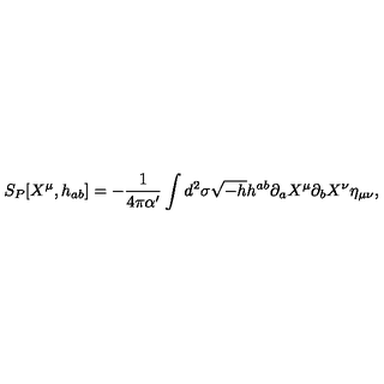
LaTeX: S _ { P } [ X ^ { \mu } , h _ { a b } ] = - { \frac { 1 } { 4 \pi { \alpha } ^ { \prime } } } \int d ^ { 2 } \sigma \sqrt { - h } h ^ { a b } \partial _ { a } X ^ { \mu } \partial _ { b } X ^ { \nu } \eta _ { \mu \nu } ,